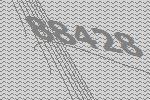
88428